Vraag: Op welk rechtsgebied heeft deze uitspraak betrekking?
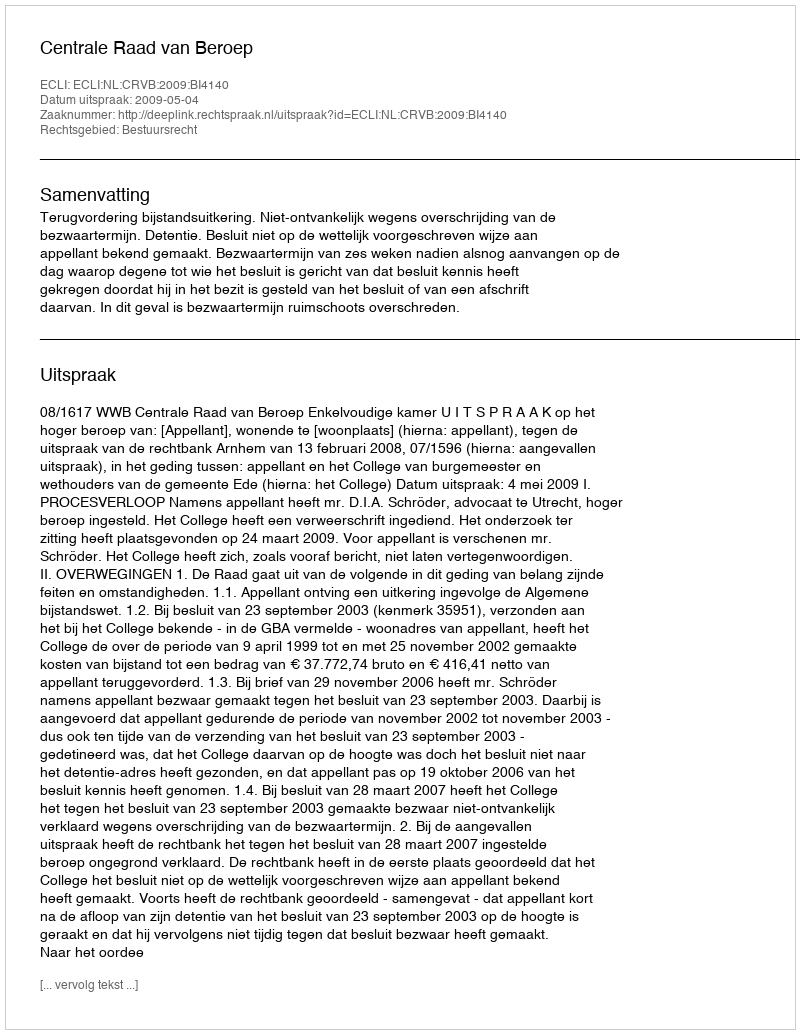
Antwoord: Bestuursrecht